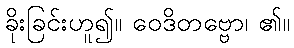
ခိုးခြင်းဟူ၍။ ဝေဒိတဗ္ဗော၊ ၏။